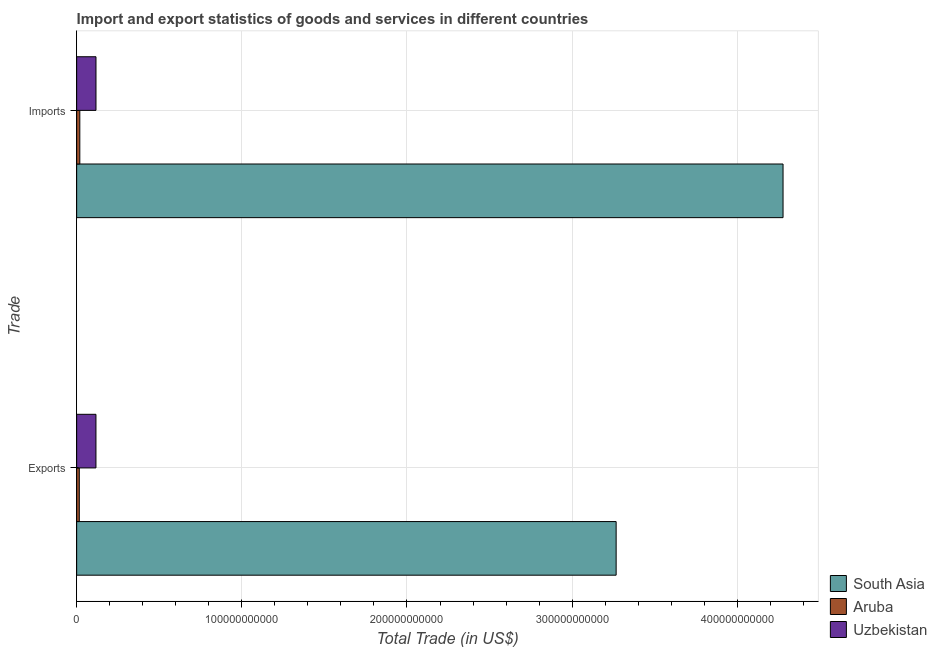
| Trade | South Asia | Aruba | Uzbekistan |
 | --- | --- | --- | --- |
 | Exports | 3.27e+11 | 1.59e+09 | 1.17e+10 |
 | Imports | 4.28e+11 | 1.91e+09 | 1.17e+10 |